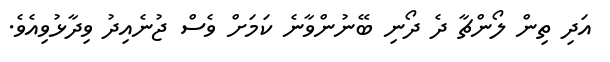
އަދި ތިން ލޯންޗާ ދެ ދޯނި ބޭނުންވާނެ ކަމަށް ވެސް ޖުނެއިދު ވިދާޅުވިއެވެ.